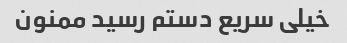
خیلی سریع دستم رسید ممنون